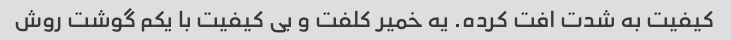
کیفیت به شدت افت کرده. یه خمیر کلفت و بی کیفیت با یکم گوشت روش